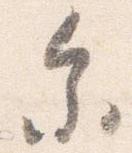
参